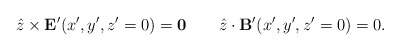
\begin{align*}{\hat z}\times {\bf E}'(x',y',z'=0)={\bf 0}\;\;\;\;\;\;\;{\hat z}\cdot {\bf B}'(x',y',z'=0)=0.\end{align*}